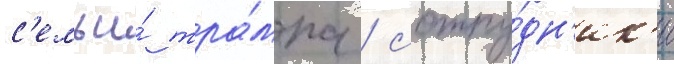
с'емьи́ тра́мпа / сотру́дн'ик'и